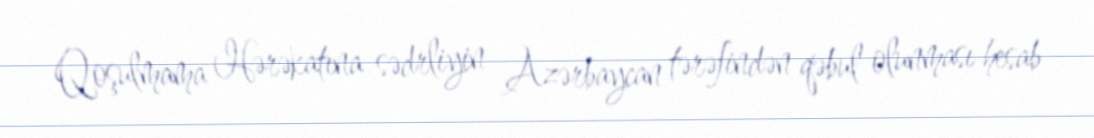
Qoşulmama Hərəkatına sədrliyin Azərbaycan tərəfindən qəbul olunması hesab